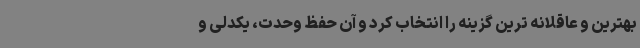
بهترین و عاقلانه ترین گزینه را انتخاب کرد و آن حفظ وحدت، یکدلی و